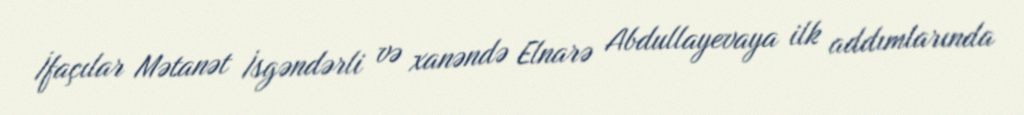
İfaçılar Mətanət İsgəndərli və xanəndə Elnarə Abdullayevaya ilk addımlarında